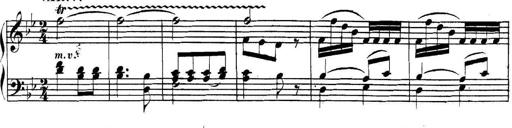
Title: Collected Piano Sonatas
Composer: Muzio Clementi